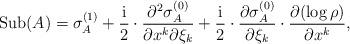
LaTeX: \begin{align*}\mathrm{Sub}(A)=\sigma_A^{(1)}+\frac{\mathrm{i}}{2}\cdot\frac{\partial^2\sigma_A^{(0)}}{\partial x^k\partial\xi_k}+\frac{\mathrm{i}}{2}\cdot \frac{\partial\sigma_A^{(0)}}{\partial{\xi_k}}\cdot\frac{\partial (\log \rho)}{\partial x^k},\end{align*}